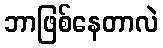
ဘာဖြစ်နေတာလဲ